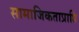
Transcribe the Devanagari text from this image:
सामाजिकताप्राप्ति